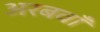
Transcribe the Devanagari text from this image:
अरबवाँ